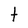
Character: t